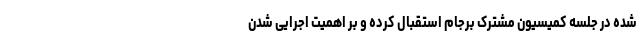
شده در جلسه کمیسیون مشترک برجام استقبال کرده و بر اهمیت اجرایی شدن